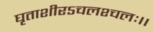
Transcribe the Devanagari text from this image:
घृताशीरऽचलश्चलः।।